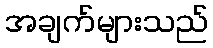
အချက်များသည်